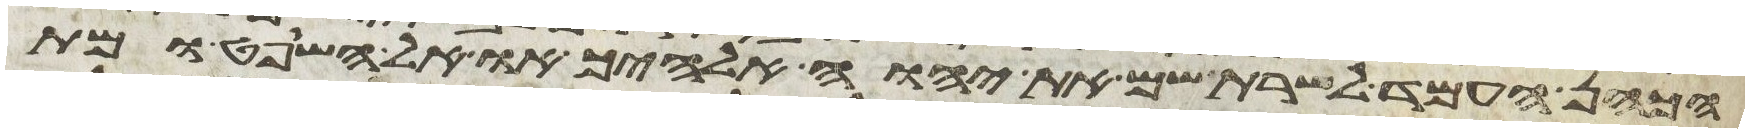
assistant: הכהן העמד לשרת שם את יהוה אלהיך או אל השופט ומת